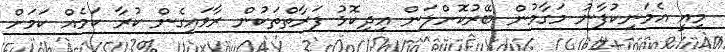
މިއީ އެމަނިކުފާނު މަގާމުން ބޭރުކޮށްލަން އިދިކޮޅު ފަރާތްތަކުން ރާވައިގެން ކުރާ ކަމެއް ކަމަށް